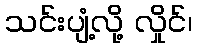
သင်းပျံ့လို့ လှိုင်၊